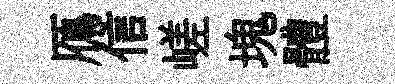
鴈信嵯塊體